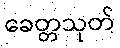
ခေတ္တသုတ်